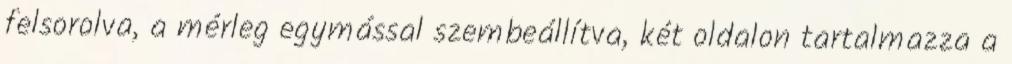
felsorolva, a mérleg egymással szembeállítva, két oldalon tartalmazza a